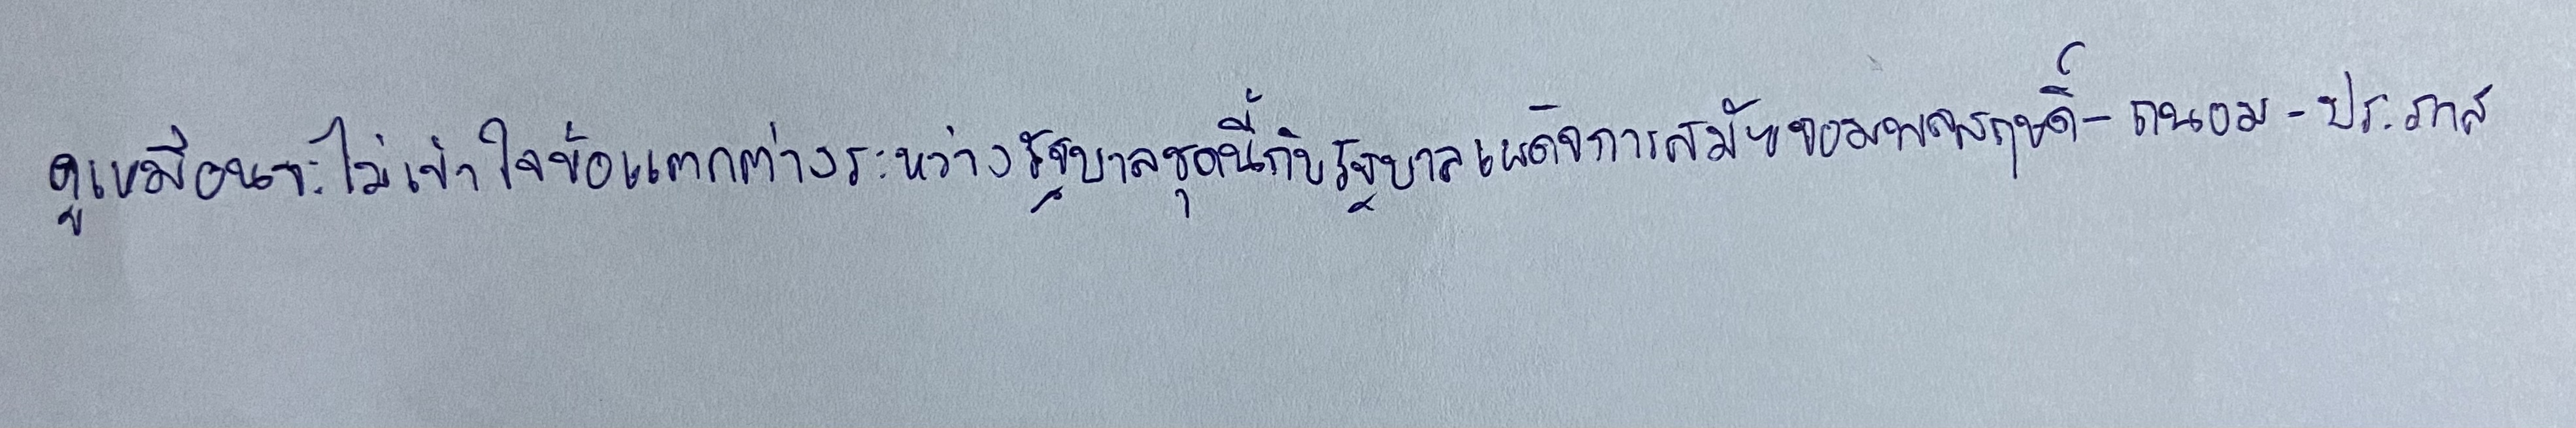
ดูเหมือนจะไม่เข้าใจข้อแตกต่างระหว่างรัฐบาลชุดนี้กับรัฐบาลเผด็จการสมัยจอมพลสฤษดิ์-ถนอม-ประภาส